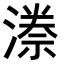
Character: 𭲊